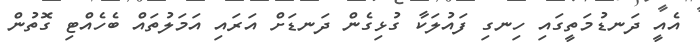
އެއީ ދަނޑުމަތީގައި ހިނގި ފައުލަކާ ގުޅިގެން ދަނޑަށް އަރައި އަމަލުތައް ބެހެއްޓި ގޮތުން